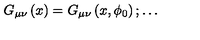
G _ { \mu \nu } \left( x \right) = G _ { \mu \nu } \left( x , \phi _ { 0 } \right) ; \ldots